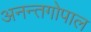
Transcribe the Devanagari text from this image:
अनन्तगोपाल